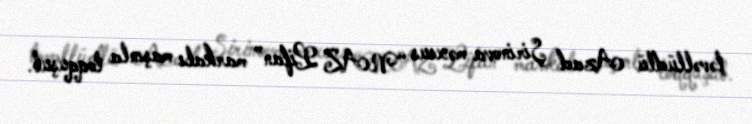
təvəllüdlü Azad Şirinova məxsus “NAZ Lifan” markalı maşınla toqquşub.